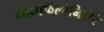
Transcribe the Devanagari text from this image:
गोनाफॅलोनियेरे